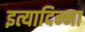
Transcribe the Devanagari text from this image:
इत्यादिन्ना